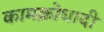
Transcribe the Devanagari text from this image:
कामक्रोधादी